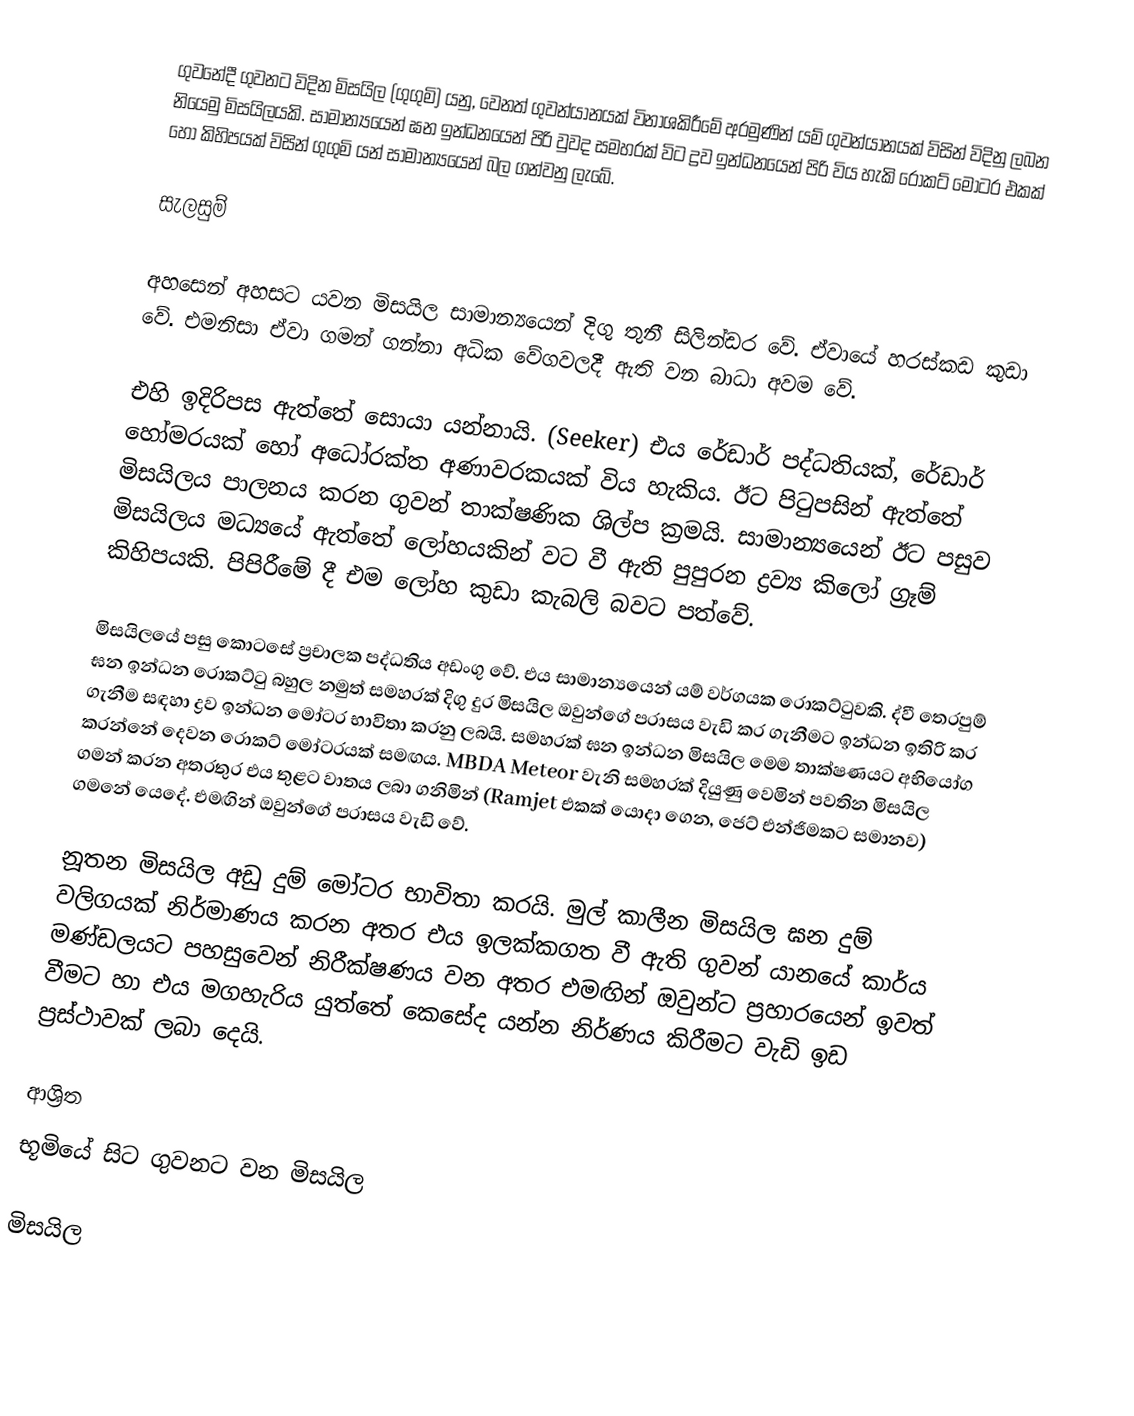
ගුවනේදී ගුවනට විදින මිසයිල (ගුගුමි)  යනු, වෙනත් ගුවන්යානයක් විනාශකිරීමේ අරමුණින් යම් ගුවන්යානයක් විසින් විදිනු ලබන නියෙමු මිසයිලයකි. සාමාන්‍යයෙන් ඝන ඉන්ධනයෙන් පිරි වුවද සමහරක් විට ද්‍රව ඉන්ධනයෙන් පිරි විය හැකි රොකට් මෝටර එකක් හෝ කිහිපයක් විසින් ගුගුමි යන් සාමාන්‍යයෙන් බල ගන්වනු ලැබේ.

සැලසුම්

අහසෙන් අහසට යවන මිසයිල සාමාන්‍යයෙන් දිගු තුනී සිලින්ඩර වේ. ඒවායේ හරස්කඩ කුඩා වේ. එමනිසා ඒවා ගමන් ගන්නා අධික වේගවලදී ඇති වන බාධා අවම වේ.

එහි ඉදිරිපස ඇත්තේ සොයා යන්නායි. (Seeker) එය රේඩාර් පද්ධතියක්, රේඩාර් හෝමරයක් හෝ අධෝරක්ත අණාවරකයක් විය හැකිය. ඊට පිටුපසින් ඇත්තේ මිසයිලය පාලනය කරන ගුවන් තාක්ෂණික ශිල්ප ක්‍රමයි. සාමාන්‍යයෙන් ඊට පසුව මිසයිලය මධ්‍යයේ ඇත්තේ ලෝහ‍යකින් වට වී ඇති පුපුරන ද්‍රව්‍ය කිලෝ ග්‍රෑම් කිහිපයකි. පිපි‍රීමේ දී එම ලෝහ කුඩා කැබලි බවට පත්වේ.

මිසයිලයේ පසු කොටසේ ප්‍රචාලක පද්ධතිය අඩංගු වේ. එය සාමාන්‍යයෙන් යම් වර්ගයක රොකට්ටුවකි. ද්වී තෙරපුම් ඝන ඉන්ධන රොකට්ටු බහුල නමුත් සමහරක් දිගු දුර මිසයිල ඔවුන්ගේ පරාසය වැඩි කර ගැනීමට ඉන්ධන ඉතිරි කර ගැනීම සඳහා ද්‍රව ඉන්ධන මෝටර භාවිතා කරනු ලබයි. සමහරක් ඝන ඉන්ධන මිසයිල මෙම තාක්ෂණයට අභියෝග කරන්නේ දෙවන රොකට් මෝටරයක් සමඟය. MBDA Meteor වැනි සමහරක් දියුණු වෙමින් පවතින මිසයිල ගමන් කරන අතරතුර එය තුළට වාතය ලබා ගනිමින් (Ramjet එකක් යොදා ගෙන, ජෙට් එන්ජිමකට සමානව) ගමනේ යෙදේ. එමඟින් ඔවුන්ගේ පරාසය වැඩි වේ.

නූතන මිසයිල අඩු දුම් මෝටර භාවිතා කරයි. මුල් කාලීන මිසයිල ඝන දුම් වලිගයක් නිර්මාණය කරන අතර එය ඉලක්කගත වී ඇති ගුවන් යානයේ කාර්ය මණ්ඩලයට පහසුවෙන් නිරීක්ෂණය වන අතර එමඟින් ඔවුන්ට ප්‍රහාරයෙන් ඉවත් වීමට හා එය මගහැරිය යුත්තේ කෙසේද යන්න නිර්ණය කිරීමට වැඩි ඉඩ ප්‍රස්ථාවක් ලබා දෙයි.

ආශ්‍රිත
 භූමියේ සිට ගුවනට වන මිසයිල

මිසයිල